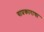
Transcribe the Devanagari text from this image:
याप्रकाराचा